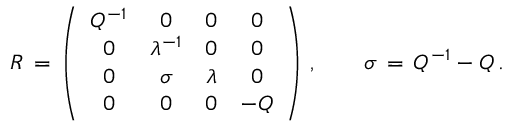
R \, = \, \left( \begin{array} { c c c c } { { Q ^ { - 1 } } } & { { 0 } } & { { 0 } } & { { 0 } } \\ { { 0 } } & { { \lambda ^ { - 1 } } } & { { 0 } } & { { 0 } } \\ { { 0 } } & { { \sigma } } & { { \lambda } } & { { 0 } } \\ { { 0 } } & { { 0 } } & { { 0 } } & { { - Q } } \end{array} \right) \, , \qquad \sigma \, = \, Q ^ { - 1 } - Q \, .